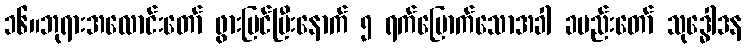
၁၆။ဘုရားအလောင်းတော် ဖွားမြင်ပြီးနောက် ၅ ရက်မြောက်သောအခါ ခမည်းတော် သုဒ္ဓေါဒန